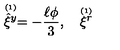
\stackrel { \scriptscriptstyle ( 1 ) } { \hat { \xi } ^ { y } } = - { \frac { \ell \phi } { 3 } } , \quad \stackrel { \scriptscriptstyle ( 1 ) } { \xi ^ { r } }